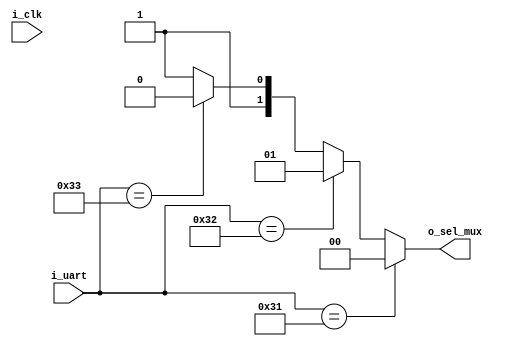
`timescale 1ns / 1ps
//////////////////////////////////////////////////////////////////////////////////
// Company: 
// Engineer: 
// 
// Design Name: 
// Module Name: Arbiter
// Project Name: 
// Target Devices: 
// Tool Versions: 
// Description: 
// 
// Dependencies: 
// 
// Revision:
// Revision 0.01 - File Created
// Additional Comments:
// 
//////////////////////////////////////////////////////////////////////////////////

`define WIDTH_UART 8
`define WIDTH_SEL 2
module Arbiter(
input i_clk , 
input [`WIDTH_UART-1:0] i_uart, 
output reg [`WIDTH_SEL-1:0] o_sel_mux 
    );


always @(i_clk)
  begin
    if (i_uart == 8'h31)          //number 1  //
       o_sel_mux = 2'b00;                
     else if (i_uart == 8'h32)    //number 2 //
       o_sel_mux = 2'b01 ;
    else if (i_uart == 8'h33)  //number 3 -- ///
       o_sel_mux = 2'b10;
else 
       o_sel_mux = 2'b11;
     end             
    
endmodule